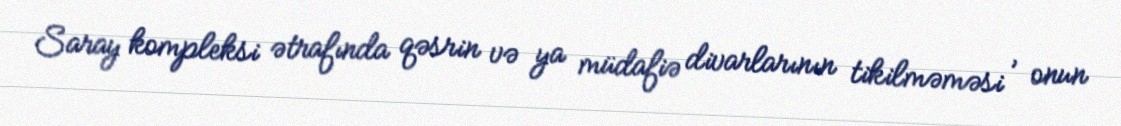
Saray kompleksi ətrafında qəsrin və ya müdafiə divarlarının tikilməməsi , onun